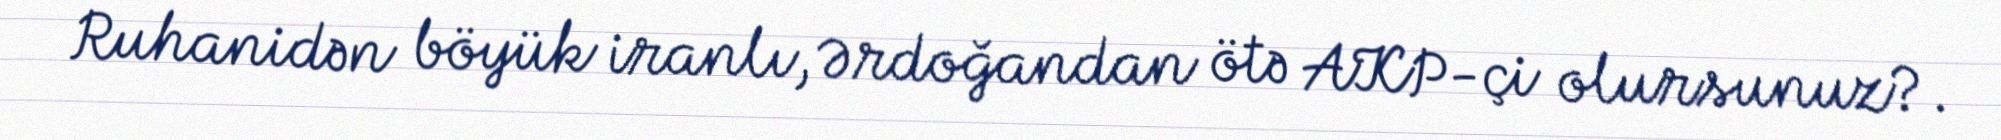
Ruhanidən böyük iranlı, Ərdoğandan ötə AKP-çi olursunuz?.